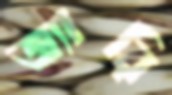
জ্যারি